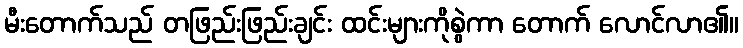
မီးတောက်သည် တဖြည်းဖြည်းချင်း ထင်းများကိုစွဲကာ တောက် လောင်လာ၏။